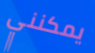
يمكنني